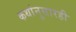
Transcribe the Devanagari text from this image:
कथांनुसारही